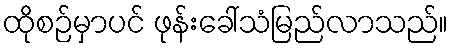
ထိုစဉ်မှာပင် ဖုန်းခေါ်သံမြည်လာသည်။